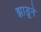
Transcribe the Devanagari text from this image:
झाडूने